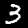
Digit: 3